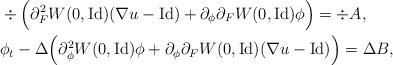
LaTeX: \begin{align*}& \div \Big(\partial^2_{F}W(0,\mbox{Id}) (\nabla u -\mbox{Id})+ \partial_{\phi}\partial_F W(0,\mbox{Id})\phi\Big) = \div A, \\& \phi_t - \Delta \Big(\partial^2_{\phi} W(0,\mbox{Id})\phi+ \partial_{\phi}\partial_F W(0,\mbox{Id})(\nabla u - \mbox{Id})\Big) = \Delta B,\end{align*}